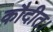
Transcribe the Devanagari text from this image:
कौदीत।